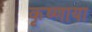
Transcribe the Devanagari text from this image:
कृष्णाया